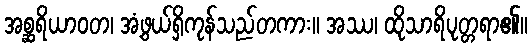
အစ္ဆရိယာဝတ၊ အံ့ဖွယ်ရှိကုန်သည်တကား။ အဿ၊ ထိုသာရိပုတ္တရာ၏။